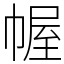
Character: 幄